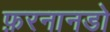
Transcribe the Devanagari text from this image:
फ़रनानडो